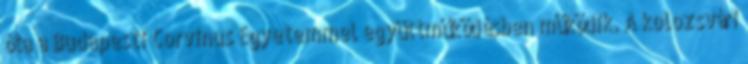
óta a Budapesti Corvinus Egyetemmel együttműködésben működik. A kolozsvári